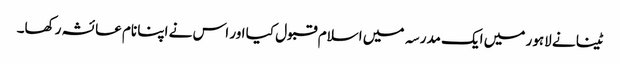
ٹینا نے لاہور میں ایک مدرسہ میں اسلام قبول کیا اور اس نے اپنا نام عائشہ رکھا۔